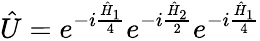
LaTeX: \hat{U}=e^{-i\frac{\hat{H}_{1}}{4}}e^{-i\frac{\hat{H}_{2}}{2}}e^{-i\frac{\hat{H}_{1}}{4}}